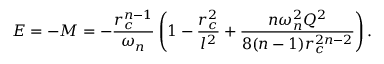
E = - M = - \frac { r _ { c } ^ { n - 1 } } { \omega _ { n } } \left( 1 - \frac { r _ { c } ^ { 2 } } { l ^ { 2 } } + \frac { n \omega _ { n } ^ { 2 } Q ^ { 2 } } { 8 ( n - 1 ) r _ { c } ^ { 2 n - 2 } } \right) .